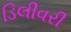
ડિલીવરી